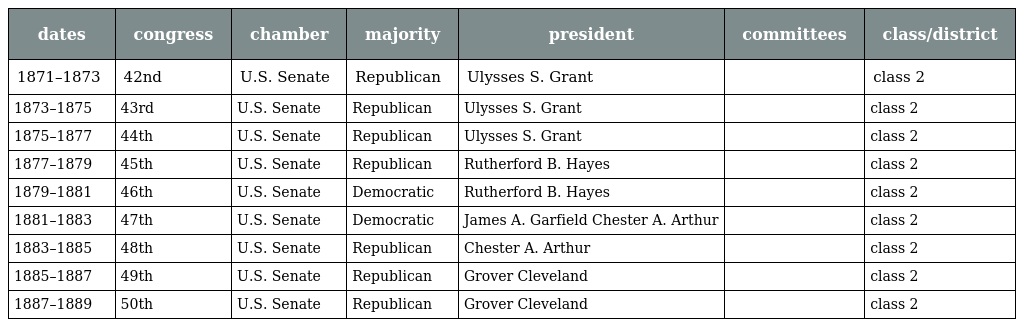
| dates | congress | chamber | majority | president | committees | class/district |
 | --- | --- | --- | --- | --- | --- | --- |
 | 1871–1873 | 42nd | U.S. Senate | Republican | Ulysses S. Grant |  | class 2 |
 | 1873–1875 | 43rd | U.S. Senate | Republican | Ulysses S. Grant |  | class 2 |
 | 1875–1877 | 44th | U.S. Senate | Republican | Ulysses S. Grant |  | class 2 |
 | 1877–1879 | 45th | U.S. Senate | Republican | Rutherford B. Hayes |  | class 2 |
 | 1879–1881 | 46th | U.S. Senate | Democratic | Rutherford B. Hayes |  | class 2 |
 | 1881–1883 | 47th | U.S. Senate | Democratic | James A. Garfield Chester A. Arthur |  | class 2 |
 | 1883–1885 | 48th | U.S. Senate | Republican | Chester A. Arthur |  | class 2 |
 | 1885–1887 | 49th | U.S. Senate | Republican | Grover Cleveland |  | class 2 |
 | 1887–1889 | 50th | U.S. Senate | Republican | Grover Cleveland |  | class 2 |